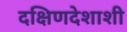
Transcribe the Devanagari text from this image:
दक्षिणदेशाशी